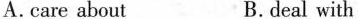
A.care about B.deal with